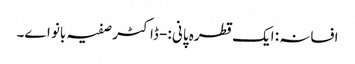
افسانہ : ایک قطرہ پانی :- ڈاکٹر صفیہ بانو اے۔